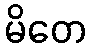
မိတေ